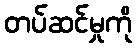
တပ်ဆင်မှုကို